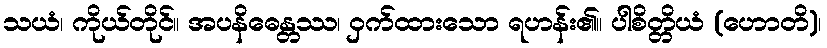
သယံ၊ ကိုယ်တိုင်။ အပနိဓေန္တဿ၊ ဝှက်ထားသော ရဟန်း၏။ ပါစိတ္တိယံ (ဟောတိ)၊